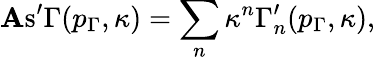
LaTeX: \mathrm{\mathbf As}^{\prime}\Gamma(p_{\Gamma},\kappa)=\sum_{n}\kappa^{n}\Gamma_{n}^{\prime}(p_{\Gamma},\kappa),